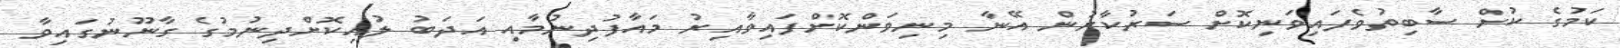
ކަމުގެ ކުށް ސާބިތުވެފައިވަނިކޮށް ސަރުކާރުން އޭނާ މިނިވަންކޮށްފައިވާއިރު މައާފުދިނުމާއި އަދަބު ލުއިކޮށްދިނުމުގެ ގާނޫނުގައިވާ